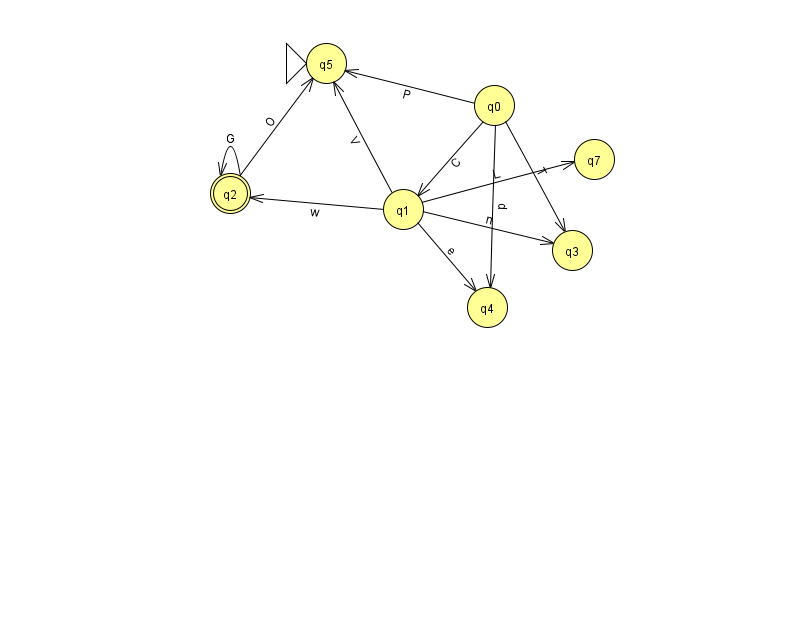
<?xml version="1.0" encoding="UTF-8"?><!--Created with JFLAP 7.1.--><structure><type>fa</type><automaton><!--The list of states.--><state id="0" name="q0"><x>494.0</x><y>92.0</y></state><state id="1" name="q1"><x>403.0</x><y>196.0</y></state><state id="2" name="q2"><x>230.0</x><y>180.0</y><final/></state><state id="3" name="q3"><x>572.0</x><y>237.0</y></state><state id="4" name="q4"><x>487.0</x><y>294.0</y></state><state id="5" name="q5"><x>326.0</x><y>50.0</y><initial/></state><state id="7" name="q7"><x>594.0</x><y>146.0</y></state><!--The list of transitions.--><transition><from>0</from><to>1</to><read>C</read></transition><transition><from>2</from><to>5</to><read>O</read></transition><transition><from>0</from><to>5</to><read>P</read></transition><transition><from>1</from><to>3</to><read>n</read></transition><transition><from>1</from><to>5</to><read>V</read></transition><transition><from>1</from><to>7</to><read>L</read></transition><transition><from>2</from><to>2</to><read>G</read></transition><transition><from>0</from><to>3</to><read>T</read></transition><transition><from>1</from><to>4</to><read>e</read></transition><transition><from>1</from><to>2</to><read>w</read></transition><transition><from>0</from><to>4</to><read>p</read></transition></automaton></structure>